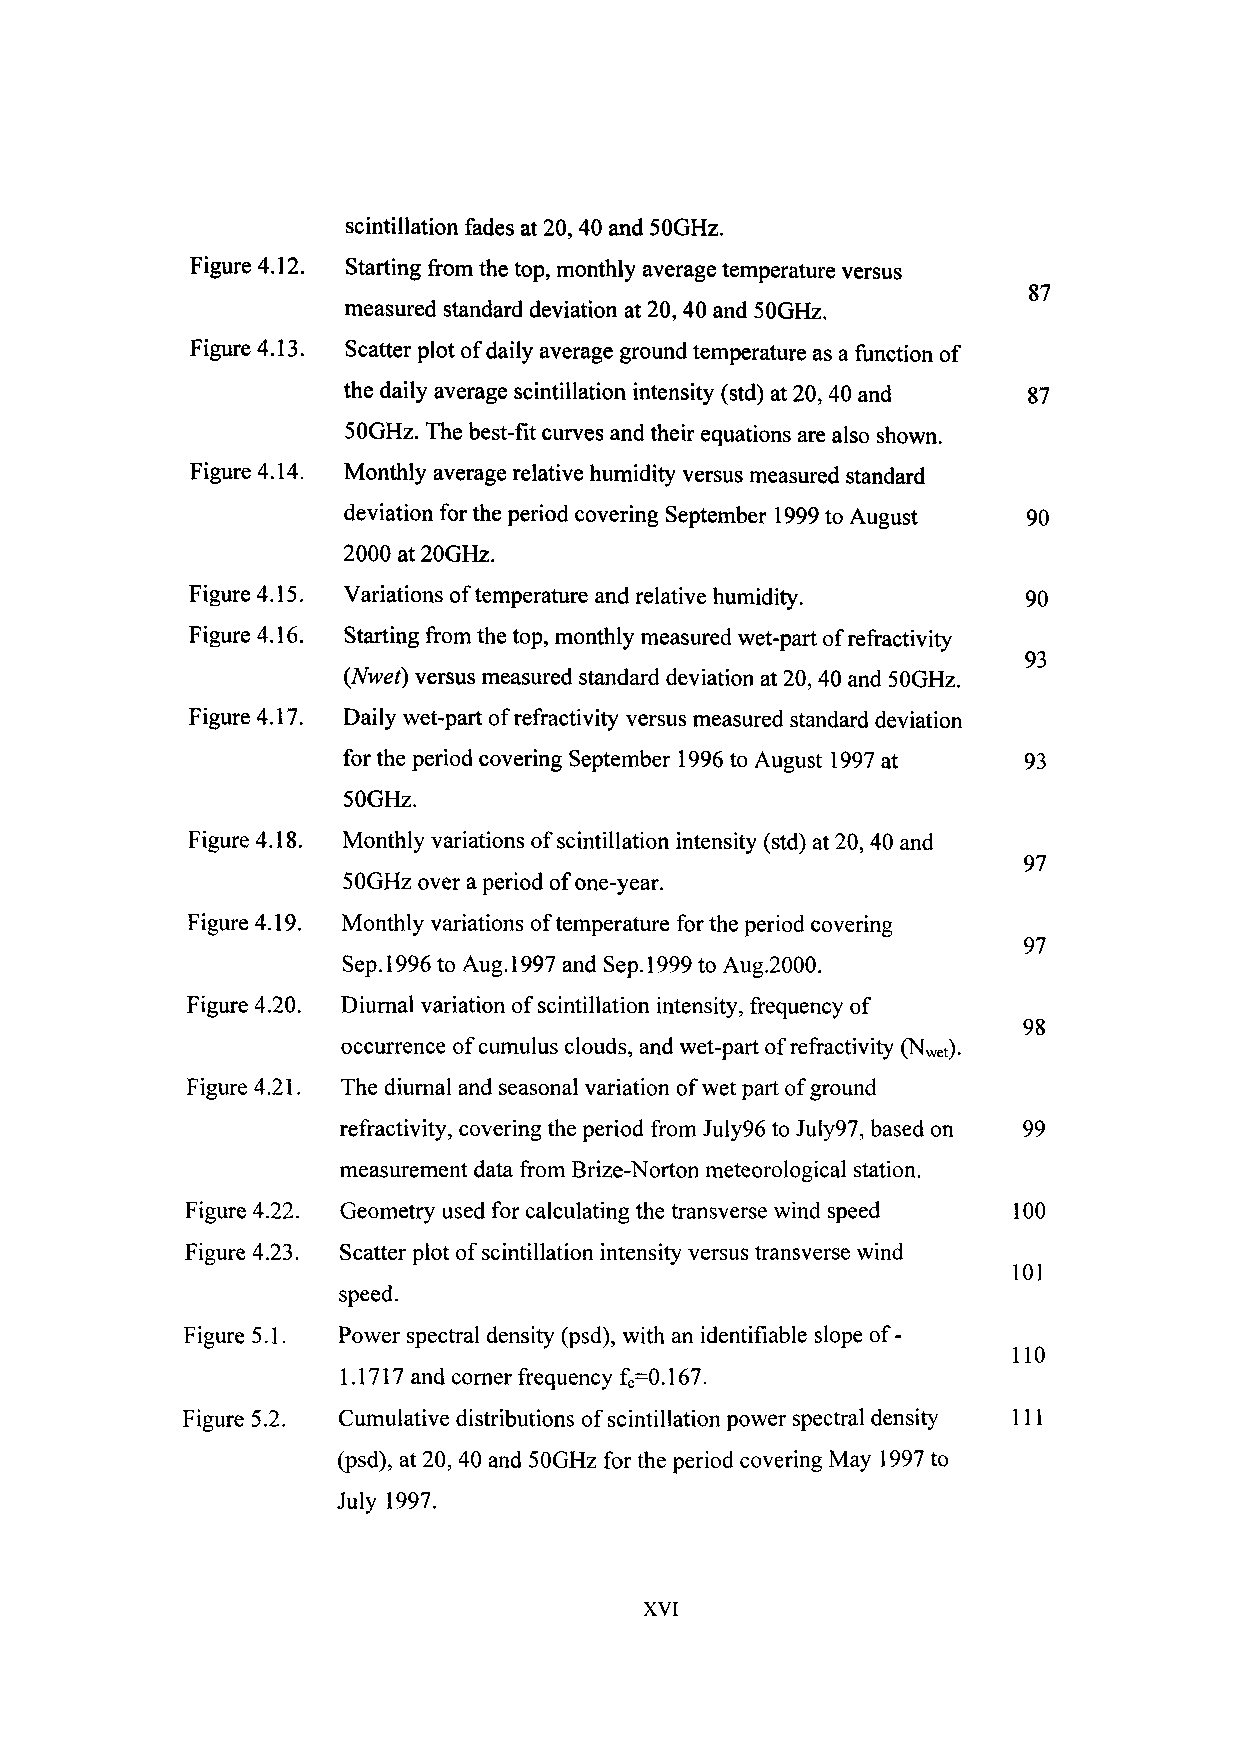
scintillation fades at 20,40 and 50GHz.
 Figure 4.12. Starting from the top, monthly average temperature versus
 87
 measured standard deviation at 20,40 and SOGHz.
 Figure 4.13. Scatter plot of daily average ground temperature as a function of
 the daily average scintillation intensity (std) at 20, 40 and 87
 SOGHz. The best-fit curves and their equations are also shown.
 Figure 4.14. Monthly average relative humidity versus measured standard
 deviation for the period covering September 1999 to August 90
 2000 at 20GHz.
 Figure 4.15. Variations of temperature and relative humidity. 90
 Figure 4.16. Starting from the top, monthly measured wet-part of refractivity
 93
 (Nwet) versus measured standard deviation at 20, 40 and SOGHz.
 Figure 4.17. Daily wet-part of refractivity versus measured standard deviation
 for the period covering September 1996 to August 1997 at 93
 SOGHz.
 Figure 4.18. Monthly variations of scintillation intensity (std) at 20, 40 and
 97
 SOGHz over a period of one-year.
 Figure 4.19. Monthly variations of temperature for the period covering
 97
 Sep. 1996 to Aug. 1997 and Sep. 1999 to Aug.2000.
 Figure 4.20. Diurnal variation of scintillation intensity, frequency of
 occurrence of cumulus clouds, and wet-part of refractivity (Nwet).
 Figure 4.21. The diurnal and seasonal variation of wet part of ground
 refractivity, covering the period from July96 to July97, based on 99
 measurement data from Brize-Norton meteorological station.
 Figure 4.22. Geometry used for calculating the transverse wind speed 100
 Figure 4.23. Scatter plot of scintillation intensity versus transverse wind
 speed.
 Figure 5.1. Power spectral density (psd), with an identifiable slope of-
 1.1717 and corner frequency fc-0.167.
 Figure 5.2. Cumulative distributions of scintillation power spectral density 111
 (psd), at 20, 40 and SOGHz for the period covering May 1997 to
 July 1997.
 XVI